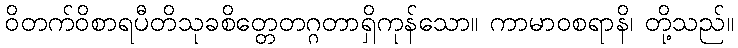
ဝိတက်ဝိစာရပီတိသုခစိတ္တေတဂ္ဂတာရှိကုန်သော။ ကာမာဝစရာနိ၊ တို့သည်။